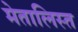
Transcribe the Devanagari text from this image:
मेतालिस्त